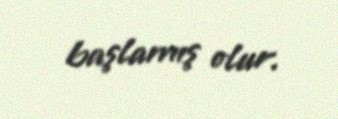
başlamış olur.